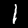
Digit: 1